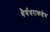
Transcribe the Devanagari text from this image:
धैर्यधराकडेच